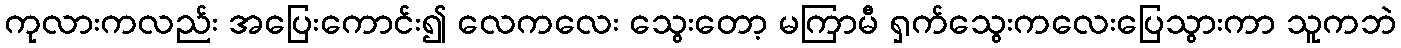
ကုလားကလည်း အပြေးကောင်း၍ လေကလေး သွေးတော့ မကြာမီ ရှက်သွေးကလေးပြေသွားကာ သူကဘဲ